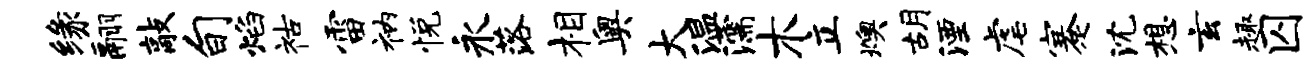
缘翮敲旬焰祜雷衲悦永落相奥大温濡木立燠胡湮虐蹇沈想玄趣囚